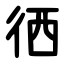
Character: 徆